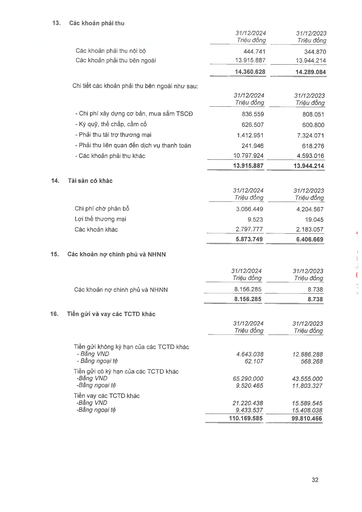
||31/12/2024 Triệu đồng|31/12/2023 Triệu đồng| |---|---|---| |Các khoản phải thu nội bộ|444.741|344.870| |Các khoản phải thu bên ngoài|13.915.887|13.944.214| ||14.360.628|14.289.084| ||31/12/2024 Triệu đồng|31/12/2023 Triệu đồng| |---|---|---| |- Chi phí xây dựng cơ bản, mua sắm TSCĐ|836.559|808.051| |- Ký quỹ, thế chấp, cầm cố|626.507|600.800| |- Phải thu tài trợ thương mại|1.412.951|7.324.071| |- Phải thu liên quan đến dịch vụ thanh toán|241.946|618.276| |- Các khoản phải thu khác|10.797.924|4.593.016| ||13.915.887|13.944.214| ||31/12/2024 Triệu đồng|31/12/2023 Triệu đồng| |---|---|---| |Chi phí chờ phân bổ|3.066.449|4.204.567| |Lợi thế thương mại|9.523|19.045| |Các khoản khác|2.797.777|2.183.057| ||5.873.749|6.406.669| ||31/12/2024 Triệu đồng|31/12/2023 Triệu đồng| |---|---|---| |Các khoản nợ chính phủ và NHNN|8.156.285|8.738| ||8.156.285|8.738| ||31/12/2024 Triệu đồng|31/12/2023 Triệu đồng| |---|---|---| |Tiền gửi không kỳ hạn của các TCTD khác||| |- Bằng VND|4.643.038|12.886.288| |- Bằng ngoại tệ|62.107|568.268| |Tiền gửi có kỳ hạn của các TCTD khác||| |-Bằng VND|65.290.000|43.555.000| |-Bằng ngoại tệ|9.520.465|11.803.327| |Tiền vay các TCTD khác||| |-Bằng VND|21.220.438|15.589.545| |-Bằng ngoại tệ|9.433.537|15.408.038| ||110.169.585|99.810.466|